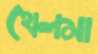
থেলমা